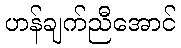
ဟန်ချက်ညီအောင်